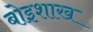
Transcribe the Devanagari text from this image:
बोइशाख